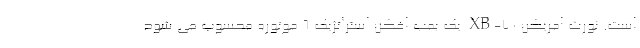
است. نورث امریکن XB-70 یک بمب افکن استراتژیک 6 موتوره محسوب می شود